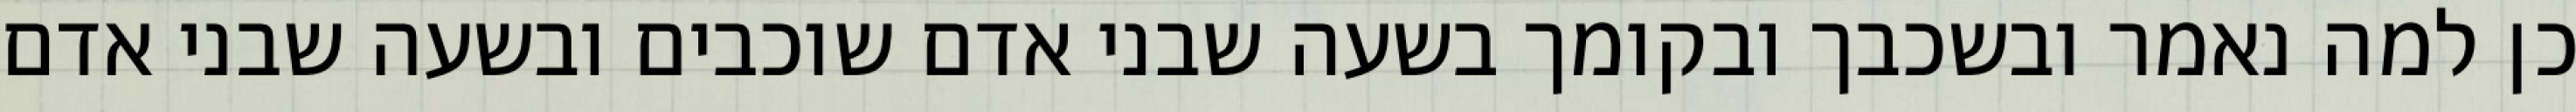
כן למה נאמר ובשכבך ובקומך בשעה שבני אדם שוכבים ובשעה שבני אדם